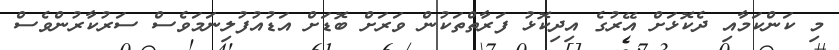
މި ކަންކަމާއި ދެކޮޅަށް އޭރުގެ އިދިކޮޅު ފަރާތްތަކުން ވަރަށް ބޮޑަށް އަޑުއުފުލިނަމަވެސް ސަރުކާރުންވެސް